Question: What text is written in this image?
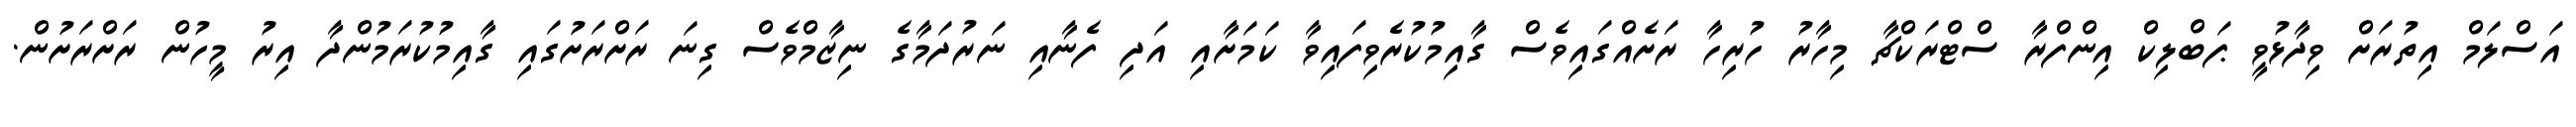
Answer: އަސްލަމް އިތުރަށް ވިދާޅުވީ ޕަބްލިކް އިންފްރާ ސްޓްރަކްޗާ މިހާރު ހުރިހާ ރަށެއްގައިވެސް ގާއިމުކުރެވިފައިވާ ކަމަށާއި އަދި ފެނާއި ނަރުދަމާގެ ނިޒާމްވެސް ގިނަ ރަށްރަށުގައި ގާއިމުކުރަމުންދާ އިރު މީހުން ރަށްރަށުން.